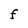
Character: F